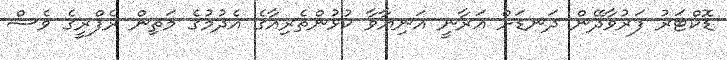
ޑޮކްޓަރު ފަރުވާދޭން ދަނޑަށް އަރާނީ އަނިޔާވާ ކުޅުންތެރިއާގެ އެދުމުގެ މަތިން ރެފްރީގެ ވެސް